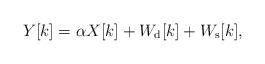
LaTeX: \begin{align*}Y[k]=\alpha X[k]+W_{\rm d}[k]+W_{\rm s}[k],\end{align*}